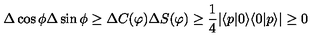
\Delta \cos \phi \Delta \sin \phi \geq \Delta C ( \varphi ) \Delta S ( \varphi ) \geq \frac { 1 } { 4 } | \langle p | 0 \rangle \langle 0 | p \rangle | \geq 0